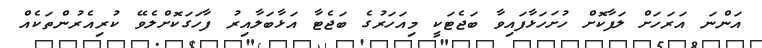
އަންނަ އަރަހަށް ލަފާކޮށް ހުށަހަޅާފައިވާ ބަޖެޓަކީ މިއަހަރުގެ ބަޖެޓާ އަޅާބަލާއިރު ފާހަގަކޮށްލެވޭ ކުރިއެރުންތަކެއް